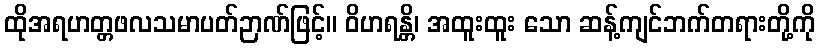
ထိုအရဟတ္တဖလသမာပတ်ဉာဏ်ဖြင့်။ ဝိဟရန္တိ၊ အထူးထူး သော ဆန့်ကျင်ဘက်တရားတို့ကို